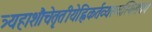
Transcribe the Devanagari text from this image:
त्र्यहाशौचेतृतीयेह्निकर्तव्यस्त्वस्थिसंचयः